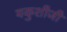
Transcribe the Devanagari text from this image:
यकुशीजी